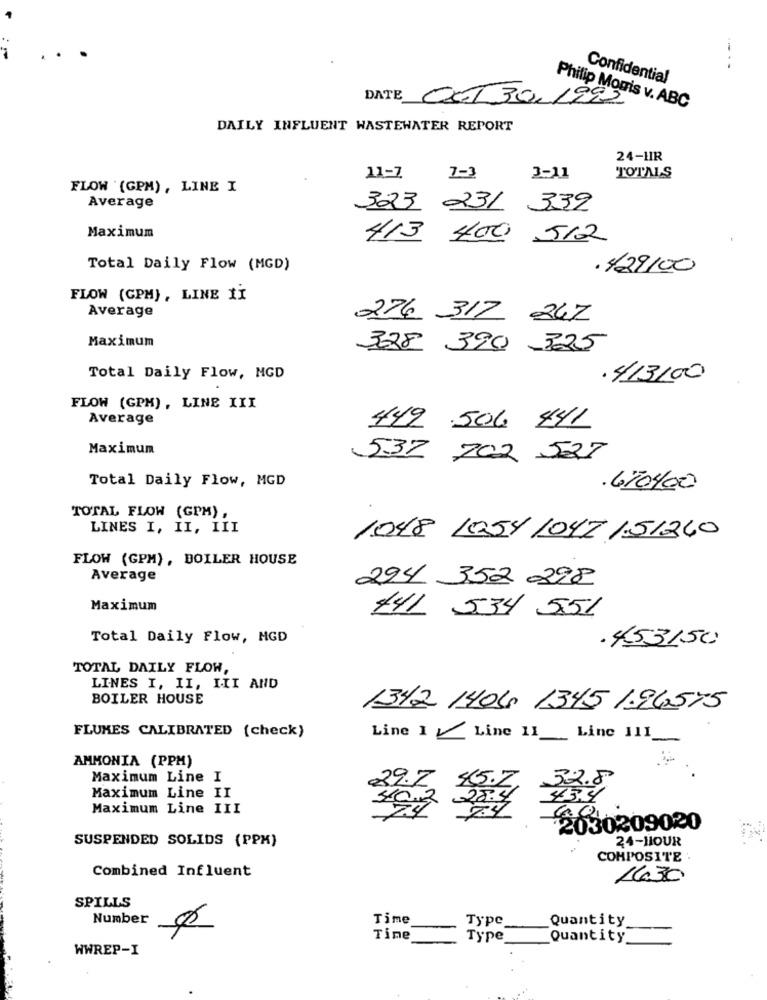
....
Confidential
DATE OCT 30, 1992
Philip Morris v. ABC
DAILY INFLUENT WASTEWATER REPORT
24-HIR
11-1
7-3
3-11
TOTALS
FLOW (GPM), LINE I
Average
323 231 339
Maximum
413 400 512
Total Daily Flow (MGD)
. 429100
FLOW (GPM), LINE II
Average
276 -317 247
Maximum
328 390-325
Total Daily Flow, MGD
.4/13/00
FLOW (GPM), LINE III
Average
442 506 441
Maximum
532 702 527
Total Daily Flow, MGD
.670400
TOTAL FLOW (GPM) ,
LINES I, II, III
1048 1054 1047/51240
FLOW (GPM) , BOILER HOUSE
Average
294 352 298
Maximum
441 534 551
Total Daily Flow, MGD
.453150
TOTAL DAILY FLOW,
LINES I, II, III AND
BOILER HOUSE
1342 1406 1345 1.96575
FLUMES CALIBRATED (check)
Line 1Line 11 Line 111
AMMONIA (PPM)
Maximum Line I
32.8
29.7 45.7
45.4
Maximum Line II
Maximum Line III
2030209020
SUSPENDED SOLIDS (PPK)
24-HOUR
COMPOSITE
Combined Influent
16.30
SPILLS
Number
Time
Type
Quantity
Time
Type
Quantity
WWREP-I